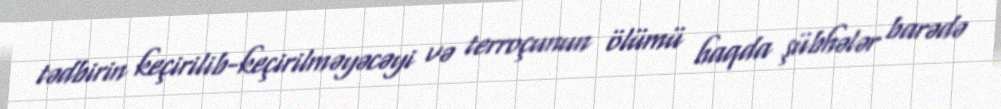
tədbirin keçirilib-keçirilməyəcəyi və terroçunun ölümü haqda şübhələr barədə